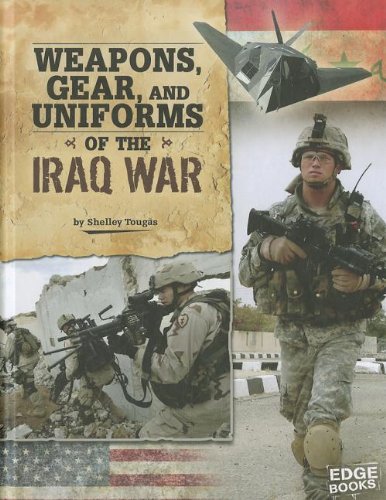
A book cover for Weapons, Gear, and Uniforms of the Iraq War (Equipped for Battle); Shelley Tougas; Children's Books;